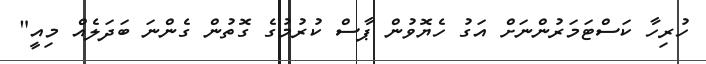
ހުރިހާ ކަސްޓަމަރުންނަށް އަގު ހެޔޮވުން ޕާސް ކުރުމުގެ ގޮތުން ގެންނަ ބަދަލެއް މިއީ"